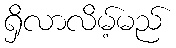
ရှိလာလိမ့်မည်